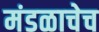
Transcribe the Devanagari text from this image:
मंडळाचेच